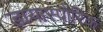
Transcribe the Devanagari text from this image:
डायास्पोरिक